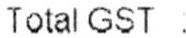
TOTAL GST :